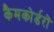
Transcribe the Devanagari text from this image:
कैमकोर्डरों